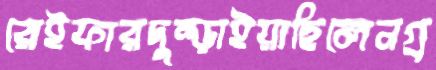
রেইফারদুম্‌ড়াইয়াছিলেনগ্র